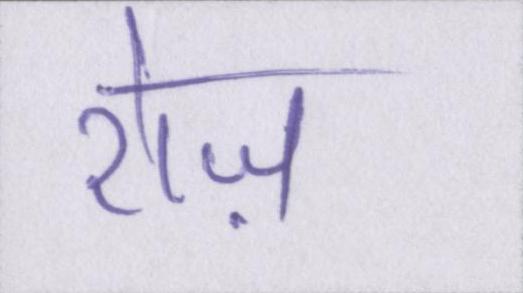
रोज़